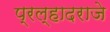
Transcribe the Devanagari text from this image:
प्रल्हादराजे